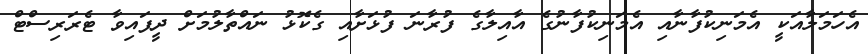
އެހަމަލާއަކީ އެމަނިކުފާނާއި އެމަނިކުފާނުގެ އާއިލާގެ ފުރާނަ ފުޅަށާއި ގެކޮޅު ނައްތާލުމަށް ދީފައިވާ ޓެރަރިސްޓް